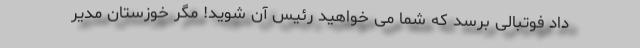
داد فوتبالی برسد که شما می خواهید رئیس آن شوید! مگر خوزستان مدیر